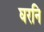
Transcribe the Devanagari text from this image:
घरनि